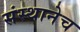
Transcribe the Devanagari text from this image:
संस्थानेच